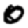
Digit: 0